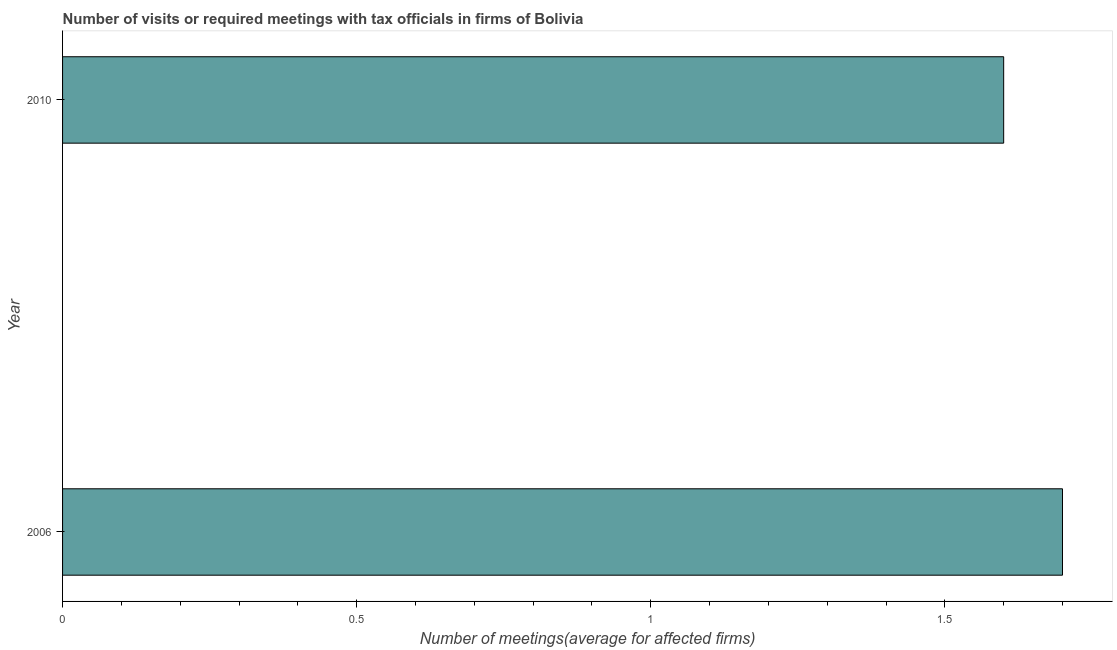
| Year | Meetings with tax officials |
 | --- | --- |
 | 2006 | 1.7 |
 | 2010 | 1.6 |